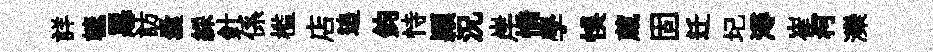
詳轆惡訪囊綵針係槛店追鈞恃頴況岸憍學悞蔵固迁圮潯崔柯灤